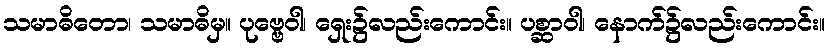
သမာဓိတော၊ သမာဓိမှ။ ပုဗ္ဗေဝါ၊ ရှေး၌လည်းကောင်း။ ပစ္ဆာဝါ၊ နောက်၌လည်းကောင်း။